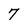
Character: 7